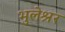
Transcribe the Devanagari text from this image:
भुलेश्रर